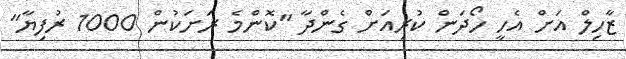
ޒާހިލް އަށް އެހީ ހޯދަން ކުރިއަށް ގެންދާ "ކޮންމެ ރަށަކުން 1000 ރުފިޔާ"